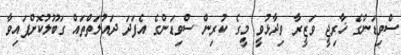
ސްވިޑަންގެ ޚާރިޖީ ވަޒީރާ ވިދާޅުވީ މީގެ ކުރިން ސްވިޑަންގެ އެފަދަ ދައުލަތްތައް ގަބޫލުކޮށްފައިވާ